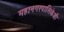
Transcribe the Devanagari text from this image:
महानगरपालिकेशी